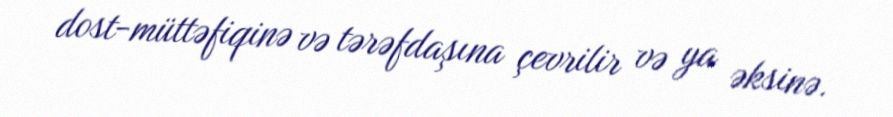
dost-müttəfiqinə və tərəfdaşına çevrilir və ya əksinə.